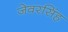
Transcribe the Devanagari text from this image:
जेवरसिंह